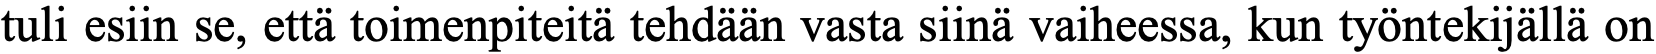
tuli esiin se, että toimenpiteitä tehdään vasta siinä vaiheessa, kun työntekijällä on